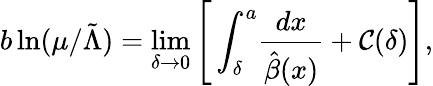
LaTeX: b\ln(\mu/{\tilde{\Lambda}})=\operatorname*{lim}_{\delta\to 0}\left[\, \int_{\delta}^{a}\! \frac{dx}{\hat{\beta}(x)}+{\cal C}(\delta)\right],